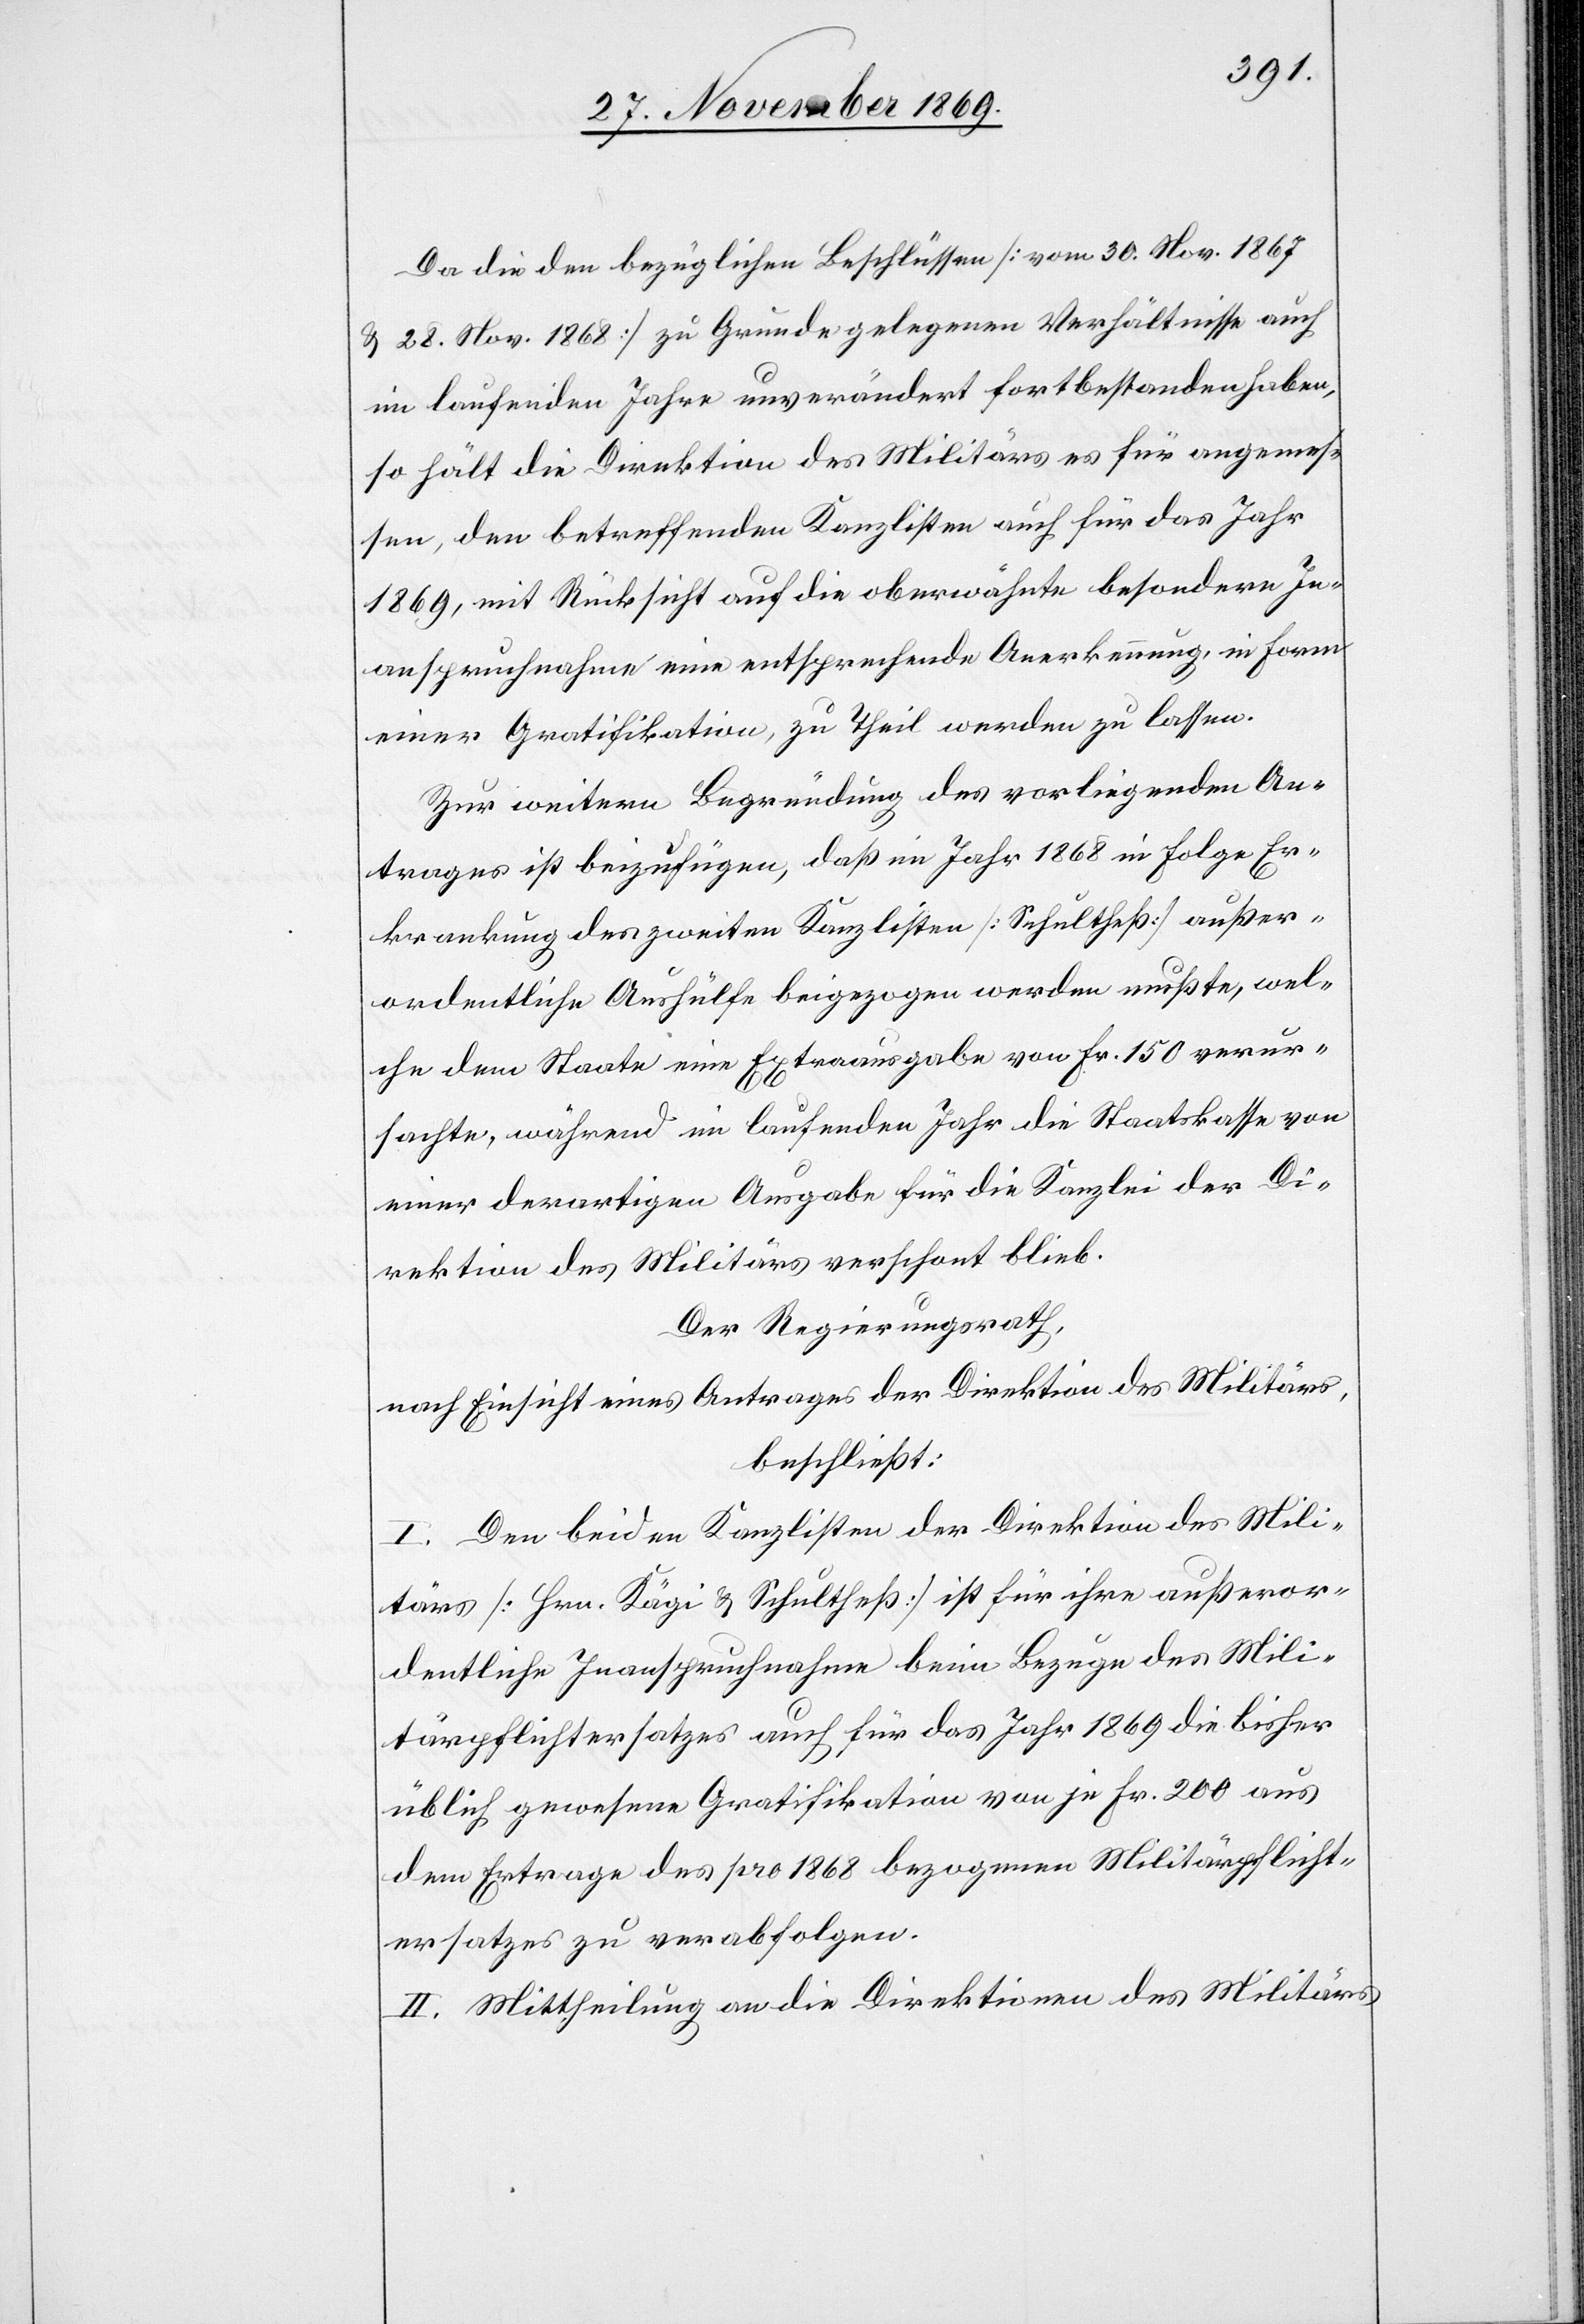
Da die den bezüglichen Beschlüssen [vom 30. Nov. 1867
& 28. Nov. 1868] zu Grunde gelegenen Verhältnisse auch
im laufenden Jahre unverändert fortbestanden haben,
so hält die Direktion des Militärs es für angemes¬
sen, den betreffenden Kanzlisten auch für das Jahr
1869, mit Rücksicht auf die oberwähnte besondere In¬
anspruchnahme eine entsprechende Anerkennung, in Form
einer Gratifikation, zu Theil werden zu lassen.
Zur weitern Begründung des vorliegenden An¬
trages ist beizufügen, daß im Jahr 1868 in Folge Er¬
krankung des zweiten Kanzlisten [Schultheß] außer¬
ordentliche Aushülfe beigezogen werden mußte, wel¬
che dem Staate eine Extraausgabe von Fr. 150 verur¬
sachte, während im laufenden Jahr die Staatskasse von
einer derartigen Ausgabe für die Kanzlei der Di¬
rektion des Militärs verschont blieb.
Der Regierungsrath,
nach Einsicht eines Antrages der Direktion des Militärs,
beschließt:
I. Den beiden Kanzlisten der Direktion des Mili¬
tärs [Hrn. Kägi & Schultheß] ist für ihre außeror¬
dentliche Inanspruchnahme beim Bezuge des Mili¬
tärpflichtersatzes auch für das Jahr 1869 die bisher
üblich gewesene Gratifikation von je Fr. 200 aus
dem Ertrage des pro 1868 bezogenen Militärpflicht¬
ersatzes zu verabfolgen.
II. Mittheilung an die Direktionen des Militärs